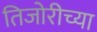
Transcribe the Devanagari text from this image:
तिजोरीच्या